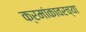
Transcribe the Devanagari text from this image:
क्रमांकावरच्या